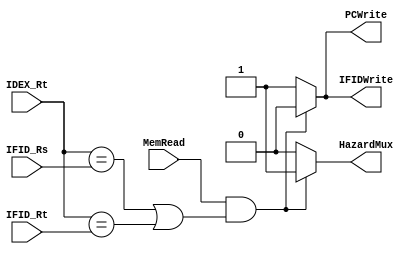
module hazardunit(IFID_Rs, IFID_Rt, IDEX_Rt, MemRead, IFIDWrite,PCWrite,HazardMux);

	output reg	IFIDWrite, PCWrite, HazardMux;
	input	[4:0] IFID_Rs, IFID_Rt, IDEX_Rt;
	input MemRead;
	
	always @(*) begin
	if (MemRead && ((IDEX_Rt==IFID_Rs)|| (IDEX_Rt==IFID_Rt))) begin
	
	IFIDWrite = 0;
	PCWrite = 0;
	HazardMux = 1;
	end else begin
	IFIDWrite = 1;
	PCWrite = 1;
	HazardMux = 0;
	end 
	end
	

endmodule